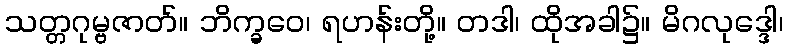
သတ္တဂုမ္ဗဇာတ်။ ဘိက္ခဝေ၊ ရဟန်းတို့။ တဒါ၊ ထိုအခါ၌။ မိဂလုဒ္ဒေါ၊